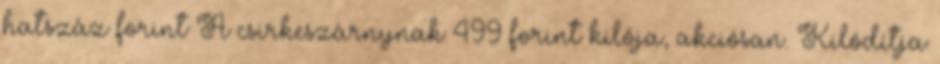
hatszáz forint A csirkeszárnynak 499 forint kilója, akciósan. Kilódítja